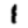
Digit: 1